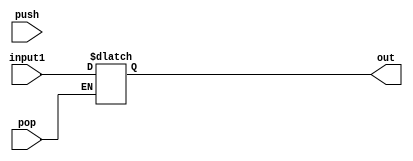
module pushpop(input1,push,pop,out);
input[15:0] input1;
input push,pop;
output reg[15:0] out;
	reg[15:0] stack[15:0];
	reg [15:0] addrin,adddrout;
	integer i;
	initial begin
		for(i=0;i<16;i=i+1)
			stack[i] = 16'h0000;
		addrin = 16'h0010;
	end
	always @(push or pop) begin
		if(push) begin
			addrin = addrin - 16'h0001;
			stack[addrin] = input1;
		end if(pop) begin
			out = stack[addrin];
			addrin = addrin + 16'h0001; 
		end
	end
endmodule